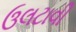
ઉલટાવી